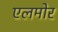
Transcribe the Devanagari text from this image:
एलमोर